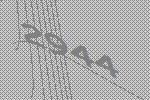
2944